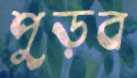
পুড়ব